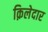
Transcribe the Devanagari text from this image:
क़िलेदार